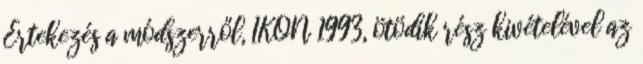
Értekezés a módszerről, IKON 1993, ötödik rész kivételével az